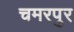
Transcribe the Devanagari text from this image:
चमरपुर